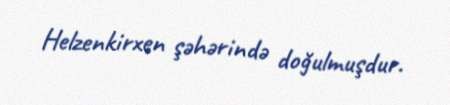
Helzenkirxen şəhərində doğulmuşdur.